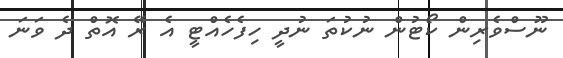
ނޫސްވެރިން ކޯޓުން ނުކުތަ ނުދީ ހިފެހެއްޓީ އެ ރޭ އޮތް ދެ ވަނަ